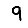
Digit: 9